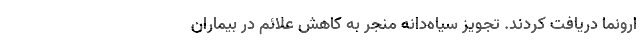
ارونما دریافت کردند. تجویز سیاه‌دانه منجر به کاهش علائم در بیماران